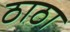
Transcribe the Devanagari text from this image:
ठाठा